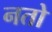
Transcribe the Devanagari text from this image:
नतो